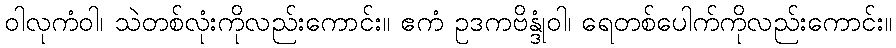
ဝါလုကံဝါ၊ သဲတစ်လုံးကိုလည်းကောင်း။ ဧကံ ဥဒကဗိန္ဒုံဝါ၊ ရေတစ်ပေါက်ကိုလည်းကောင်း။